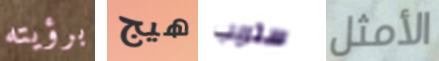
برؤيته هيج ستريب الأمثل